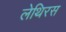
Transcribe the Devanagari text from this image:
लेथिरस